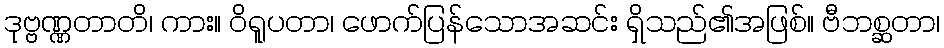
ဒုဗ္ဗဏ္ဏတာတိ၊ ကား။ ဝိရူပတာ၊ ဖောက်ပြန်သောအဆင်း ရှိသည်၏အဖြစ်။ ဗီဘစ္ဆတာ၊